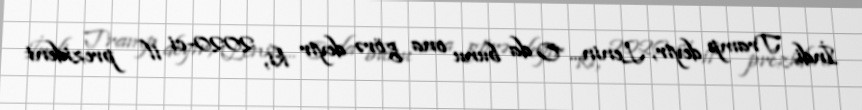
İndi Tramp deyir, Lenin... O da bunu ona görə deyir ki, 2020-ci il prezident